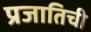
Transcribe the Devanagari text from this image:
प्रजातिची